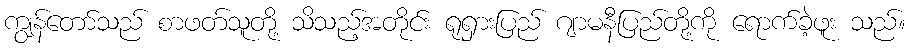
ကျွန်တော်သည် စာဖတ်သူတို့ သိသည့်အတိုင်း ရုရှားပြည် ဂျာမနီပြည်တို့ကို ရောက်ခဲ့ဖူး သည်။